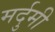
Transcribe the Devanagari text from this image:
मर्दुमी